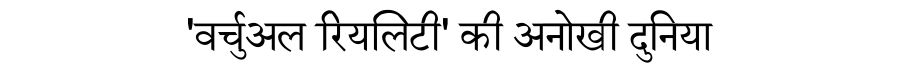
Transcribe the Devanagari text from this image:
'वर्चुअल रियलिटी' की अनोखी दुनिया